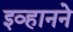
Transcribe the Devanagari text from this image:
इव्हानने